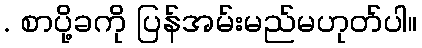
. စာပို့ခကို ပြန်အမ်းမည်မဟုတ်ပါ။